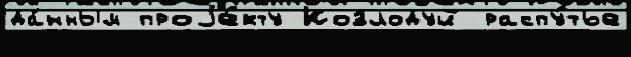
да́нным проjе́кту Козлодуй распу́тье